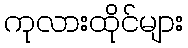
ကုလားထိုင်များ